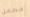
محمل